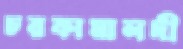
চরকামালদী